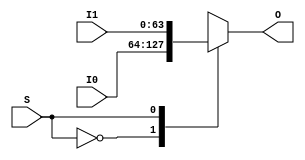
module Mux2to1_64b(
    input wire S,
    input wire [63:0] I0,
    input wire [63:0] I1,
    output reg [63:0] O
);

    always @ * begin
        case (S)
            1'b0:
                O <= I0;
            1'b1:
                O <= I1;
            default: begin
                // exception
                O <= 0;
            end
        endcase
    end

endmodule